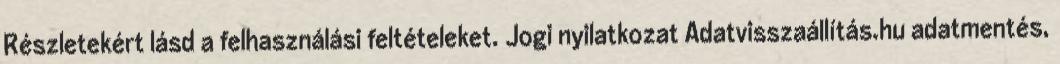
Részletekért lásd a felhasználási feltételeket. Jogi nyilatkozat Adatvisszaállítás.hu adatmentés,